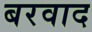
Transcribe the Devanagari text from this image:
बरवाद